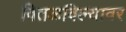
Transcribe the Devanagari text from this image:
वितळविल्यावर